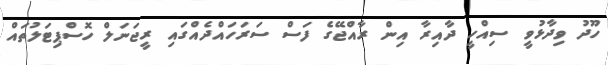
ހޫދު ވިދާޅުވީ ސިއްހީ ދާއިރާ އިން ރާއްޖޭގެ ފަސް ސަރަހައްދެއްގައި ރީޖަނަލް ހޮސްޕިޓަލުތައް